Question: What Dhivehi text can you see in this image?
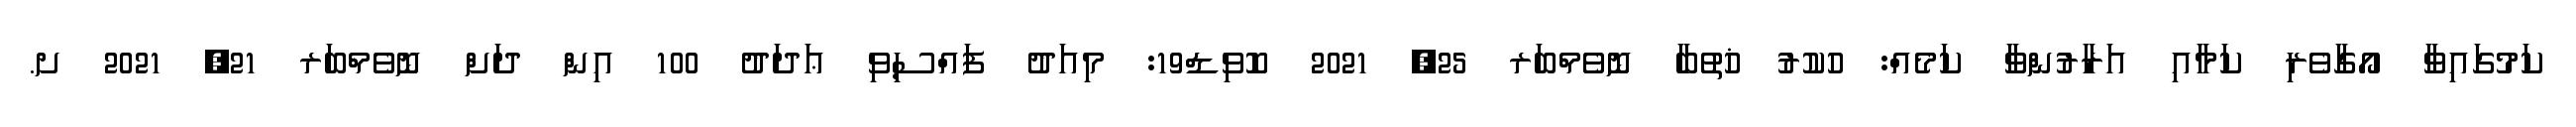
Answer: ކަމުގައިވާ އޯގާވެރި ކަމާއި އަރާރުންވާ ކަމެއް: ހުކުރު ޚުތުބާ ނޮވެމްބަރ 25, 2021 ކޮވިޑް19: މިއަދު ފައްސިވި ޢަދަދު 100 އިން ދަށް ނޮވެމްބަރ 21, 2021 ށ.